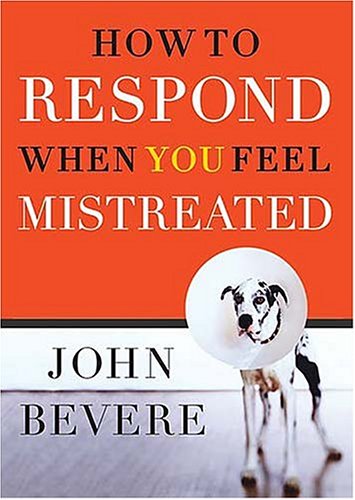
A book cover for How to Respond When You Feel Mistreated; John Bevere; Christian Books & Bibles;